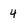
Character: 4